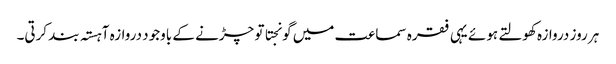
ہر روز دروازہ کھولتے ہوئے یہی فقرہ سماعت میں گونجتا تو چڑنے کے باوجود دروازہ آہستہ بند کرتی۔